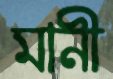
মানী